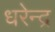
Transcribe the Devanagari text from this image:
धरेन्द्र